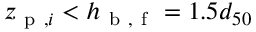
z _ { \mathrm { ~ p ~ } , i } < h _ { \mathrm { ~ b ~ , ~ f ~ } } = 1 . 5 d _ { 5 0 }